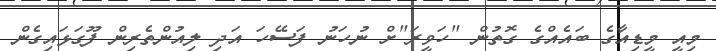
މިއީ މީޑިއާގެ ބައެއްގެ ގޮތުން "ހަވީރަ"ށް ނުހަނު ފަސޭހަ އަދި ލިއުންތެރިން ފޫގަޅައިގެން